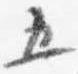
五